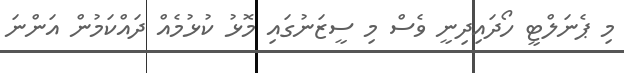
މި ޕެނަލްޓީ ހޯދައިިދިނީ ވެސް މި ސީޒަނުގައި މޮޅު ކުޅުމެއް ދައްކަމުން އަންނަ